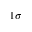
1 \sigma